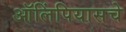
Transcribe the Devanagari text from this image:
ऑलिंपियासचे